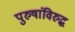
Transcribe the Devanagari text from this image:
पुरुषांविरुद्ध